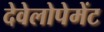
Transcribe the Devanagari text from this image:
देवेलोपेमेंट